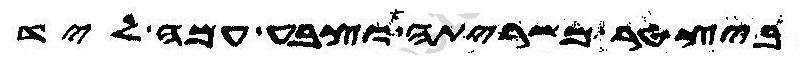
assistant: ביצטר משריתה וצבע עמה ליד